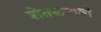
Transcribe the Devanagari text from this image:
शेतकऱ्याचे